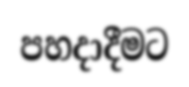
පහදාදීමට